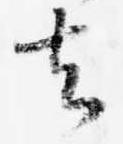
去